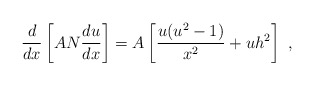
\begin{align*}\frac d{dx}\left[AN\frac{du}{dx}\right]=A\left[\frac{u(u^2-1)}{x^2}+uh^2\right] \ ,\end{align*}